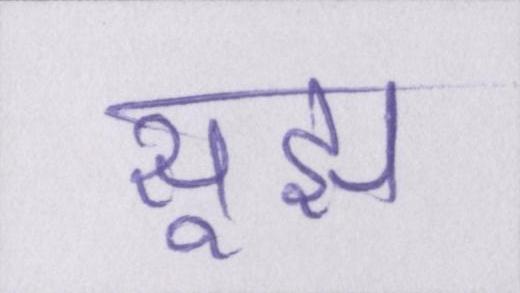
सूझ